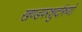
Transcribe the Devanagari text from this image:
खण्डपरशुर्दारुणो